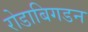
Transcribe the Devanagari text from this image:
रोडाबिगडन